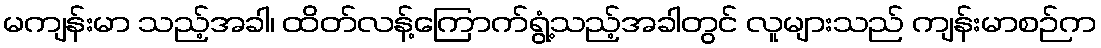
မကျန်းမာ သည့်အခါ၊ ထိတ်လန့်ကြောက်ရွံ့သည့်အခါတွင် လူများသည် ကျန်းမာစဉ်က